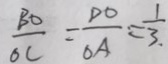
\frac { B O } { O C } = \frac { D O } { O A } = \frac { 1 } { 3 . }